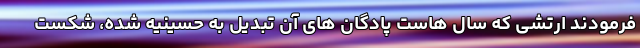
فرمودند ارتشی که سال هاست پادگان های آن تبدیل به حسینیه شده، شکست